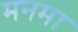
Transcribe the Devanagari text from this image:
मनमा